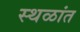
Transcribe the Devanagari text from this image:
स्थळांत